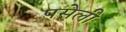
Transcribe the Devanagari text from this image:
पसेली